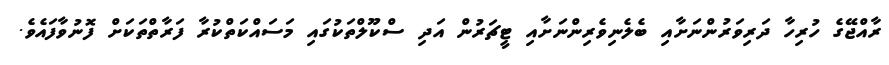
ރާއްޖޭގެ ހުރިހާ ދަރިވަރުންނަށާއި ބެލެނިވެރިންނަށާއި ޓީޗަރުން އަދި ސްކޫލްތަކުގައި މަސައްކަތްކުރާ ފަރާތްތަކަށް ފޮނުވާފައެވެ.